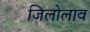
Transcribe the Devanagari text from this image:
जिलोलाव